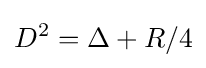
D^{2}=\Delta +R/4